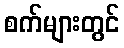
စက်များတွင်